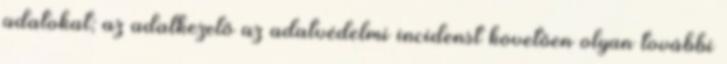
adatokat; az adatkezelő az adatvédelmi incidenst követően olyan további